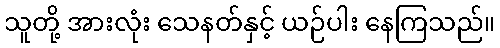
သူတို့ အားလုံး သေနတ်နှင့် ယဉ်ပါး နေကြသည်။